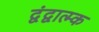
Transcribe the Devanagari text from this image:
द्वंद्वात्म्क